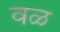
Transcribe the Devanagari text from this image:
वळ